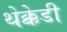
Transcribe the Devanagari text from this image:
थेक्केडी